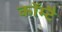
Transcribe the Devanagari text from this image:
कॉम्टै